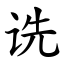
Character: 诜